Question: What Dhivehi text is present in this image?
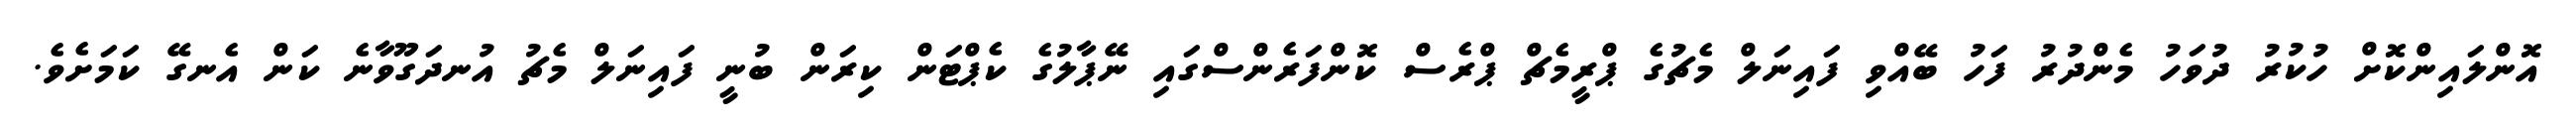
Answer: އޮންލައިންކޮށް ހުކުރު ދުވަހު މެންދުރު ފަހު ބޭއްވި ފައިނަލް މެޗުގެ ޕްރީމެޗް ޕްރެސް ކޮންފަރެންސްގައި ނޭޕާލުގެ ކެޕްޓަން ކިރަން ބުނީ ފައިނަލް މެޗު އުނދަގޫވާނެ ކަން އެނގޭ ކަމަށެވެ.